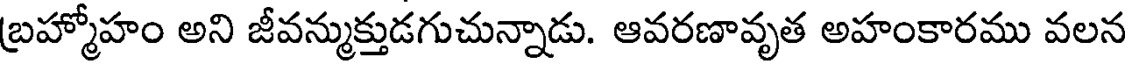
బ్రహ్మోహం అని జీవన్ముక్తుడగుచున్నాడు. ఆవరణావృత అహంకారము వలన